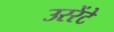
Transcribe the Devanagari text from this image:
उररेंटे